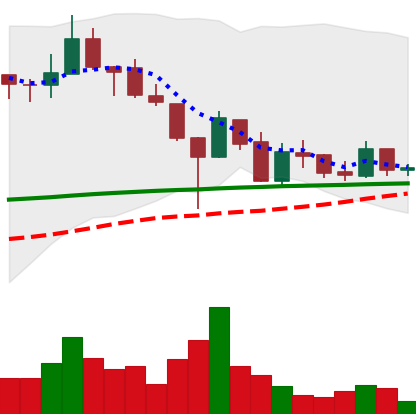
Ticker: LINK-USD
Chart end date: 2019-02-07
Forward return: 5.958%
Label: up_5_7